Report on vaccination in the Province of Bengal - 1874-1889
Year: 1874
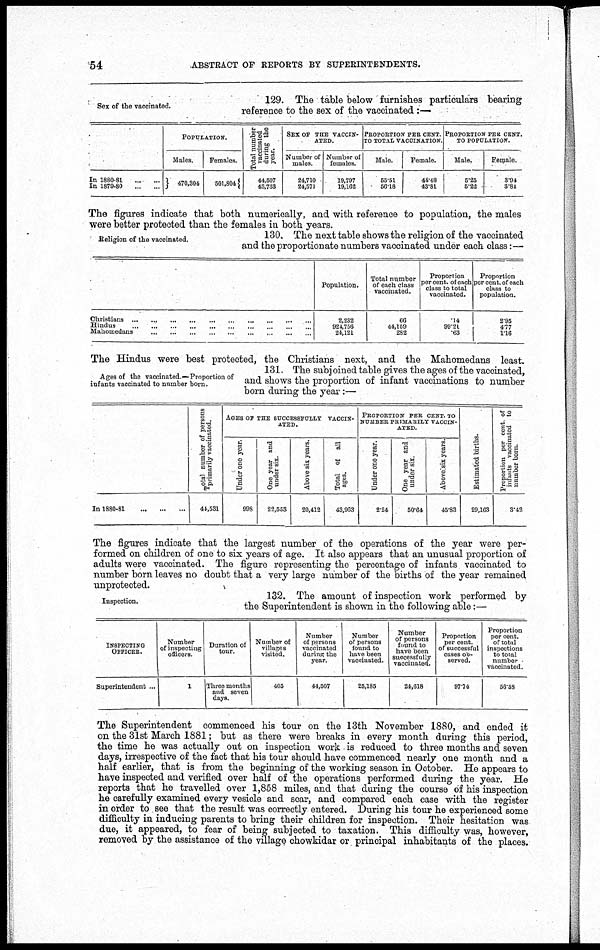
54
ABSTRACT OF REPORTS BY SUPERINTENDENTS.
Sex of the vaccinated.
129. The table below furnishes particulars bearing
reference to the sex of the vaccinated :—
In 1880-81 ... ...
In 1879-80 ... ...
POPULATION.
Males.
470,304
Females.
501,804
Total number
vaccinated
during the
year.
44,507
43,733
SEX OF THE VACCIN-
----.
Number of
males.
24,710
24,571
Number of
females.
19,797
19,162
PROPORTION PER CENT.
TO TOTAL VACCINATION.
Male.
55.51
56.18
Female.
44.48
43.81
PROPORTION PER CENT.
TO POPULATION.
Male.
5.25
5.22
Female.
3.94
3.81
The figures indicate that both numerically, and with reference to population, the males
were better protected than the females in both years.
Religion of the vaccinated.
130. The next table shows the religion of the vaccinated
and the proportionate numbers vaccinated under each class:—
Christians ... ... ... ... ... ... ... ... ... ...
Hindus ... ... ... ... ... ... ... ... ... ...
Mahomedans ... ... ... ... ... ... ... ... ...
Population.
2,232
924,756
24,121
Total number
of each class
vaccinated.
66
44,159
282
Proportion
percent. of each
class to total
vaccinated.
.14
99.21
.63
Proportion
per cent. of each
class to
population.
2.95
4.77
1.16
The Hindus were best protected, the Christians next, and the Mahomedans least.
Ages of the vaccinated —Proportion of
infants vaccinated to number born.
131. The subjoined table gives the ages of the vaccinated,
and shows the proportion of infant vaccinations to number
born during the year:—
In 1880-81 ... ... ...
Total number of persons
primarily vaccinated.
44,531
AGES OF THE SUCCESSFULLY VACCIN-
----.
Under one year.
998
One year and
under six.
22,553
Above six years.
20,412
Total of all
ages.
43,963
PROPORTION PER CENT. TO
NUMBER PRIMARILY VACCIN-
ATED.
Under one year.
2.24
One year and
under six.
50.64
Above six years.
45.83
Estimated births.
29,163
Proportion per cent of
infants vaccinated to
number born.
3.42
The figures indicate that the largest number of the operations of the year were per-
formed on children of one to six years of age. It also appears that an unusual proportion of
adults were vaccinated. The figure representing the percentage of infants vaccinated to
number born leaves no doubt that a very large number of the births of the year remained
unprotected.
Inspection.
132. The amount of inspection work performed by
the Superintendent is shown in the following able:—
INSPECTING
OFFICER.
Superintendent ...
Number
of inspecting
officers.
1
Duration of
tour.
Three months
and seven
days.
Number of
villages
visited.
405
Number
of persons
vaccinated
during the
year.
44,507
Number
of persons
found to
have been
vaccinated.
25,185
Number
of persons
found to
have been
successfully
vaccinated.
24,618
Proportion
per cent.
of successful
cases ob-
served.
97.74
Proportion
per cent.
of total
inspections
to total
number
vaccinated.
56.58
The Superintendent commenced his tour on the 13th November 1880, and ended it
on the 31st March 1881; but as there were breaks in every month during this period,
the time he was actually out on inspection work is reduced to three months and seven
days, irrespective of the fact that his tour should have commenced nearly one month and a
half earlier, that is from the beginning of the working season in October. He appears to
have inspected and verified over half of the operations performed during the year. He
reports that he travelled over 1,858 miles, and that during the course of his inspection
he carefully examined every vesicle and scar, and compared each case with the register
in order to see that the result was correctly entered. During his tour he experienced some
difficulty in inducing parents to bring their children for inspection. Their hesitation was
due, it appeared, to fear of being subjected to taxation. This difficulty was, however,
removed by the assistance of the village chowkidar or principal inhabitants of the places.